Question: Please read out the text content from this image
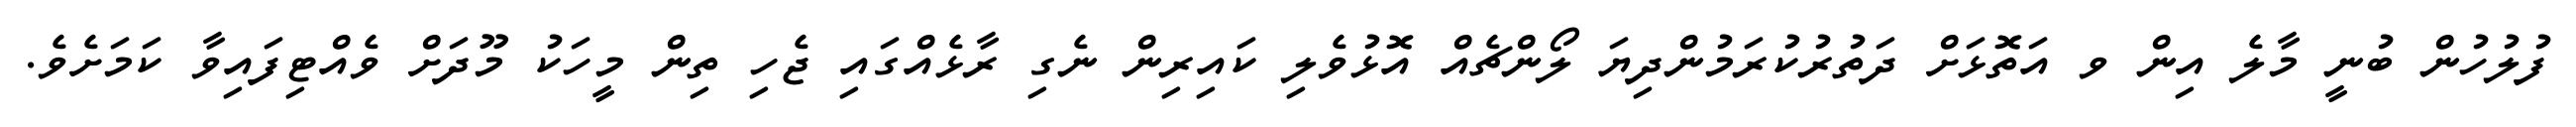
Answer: ފުލުހުން ބުނީ މާލެ އިން ވ އަތޮޅަށް ދަތުރުކުރަމުންދިޔަ ލޯންޗެއް އޮޅުވެލި ކައިރިން ނެގި ރާޅެއްގައި ޖެހި ތިން މީހަކު މޫދަށް ވެއްޓިފައިވާ ކަމަށެވެ.